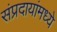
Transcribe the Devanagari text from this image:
संप्रदायांमध्ये